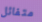
متفائل